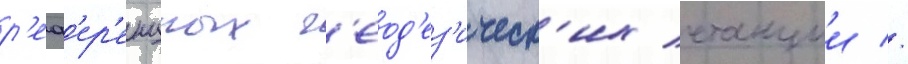
р'еф'ер'енцных г'еод'ез'ическ'их станции //